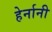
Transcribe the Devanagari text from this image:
हेर्नानी